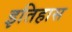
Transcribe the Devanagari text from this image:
इतिहास